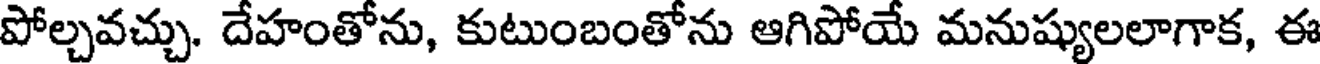
పోల్చవచ్చు. దేహంతోను, కుటుంబంతోను ఆగిపోయే మనుష్యులలాగాక, ఈ